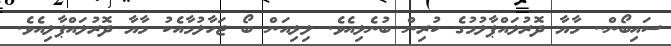
ސައިބޯން.. މާޔާ ދޮރުލައްޕާލުމުގެ ކުރިން ބުނެލިއެވެ. ލިލިއަން ބޯ ޖަހާލުމާއެކު މާޔާ ދޮރުލައްޕާލިއެވެ.